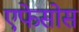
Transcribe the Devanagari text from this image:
एफेसोस